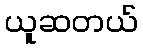
ယူဆတယ်